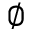
\varnothing